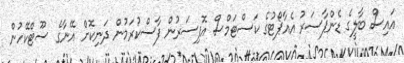
އައިސް ބާލީގެ ޑެންޕާސަރު އެއާޕޯޓުގެ ކަސްޓަމްސް އޮފިސަރުން ފާސްކުރަމުން ދަނިކޮށް އޭނާގެ ސޫޓްކޭހުން